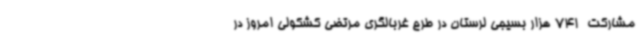
مشارکت  741 هزار بسیجی لرستان در طرح غربالگری مرتضی کشکولی امروز در